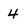
Character: 4